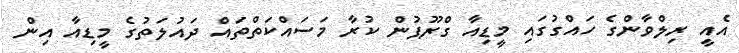
އެއީ ރިލްވާންގެ ހައްގުގައި މީޑިއާ ގްރޫޕުން ކުރާ މަސައްކަތްތައް ދައުލަތުގެ މީޑިއާ އިން